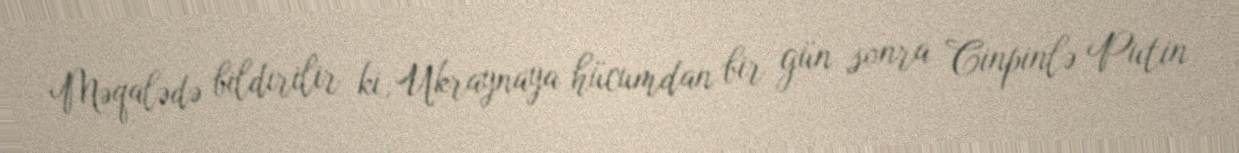
Məqalədə bildirilir ki, Ukraynaya hücumdan bir gün sonra Cinpinlə Putin